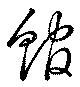
館